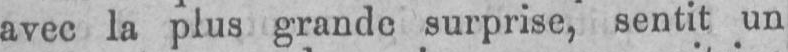
avec la plus grande surprise, sentit un